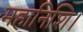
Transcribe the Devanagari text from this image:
महानिशि।